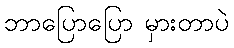
ဘာပြောပြော မှားတာပဲ